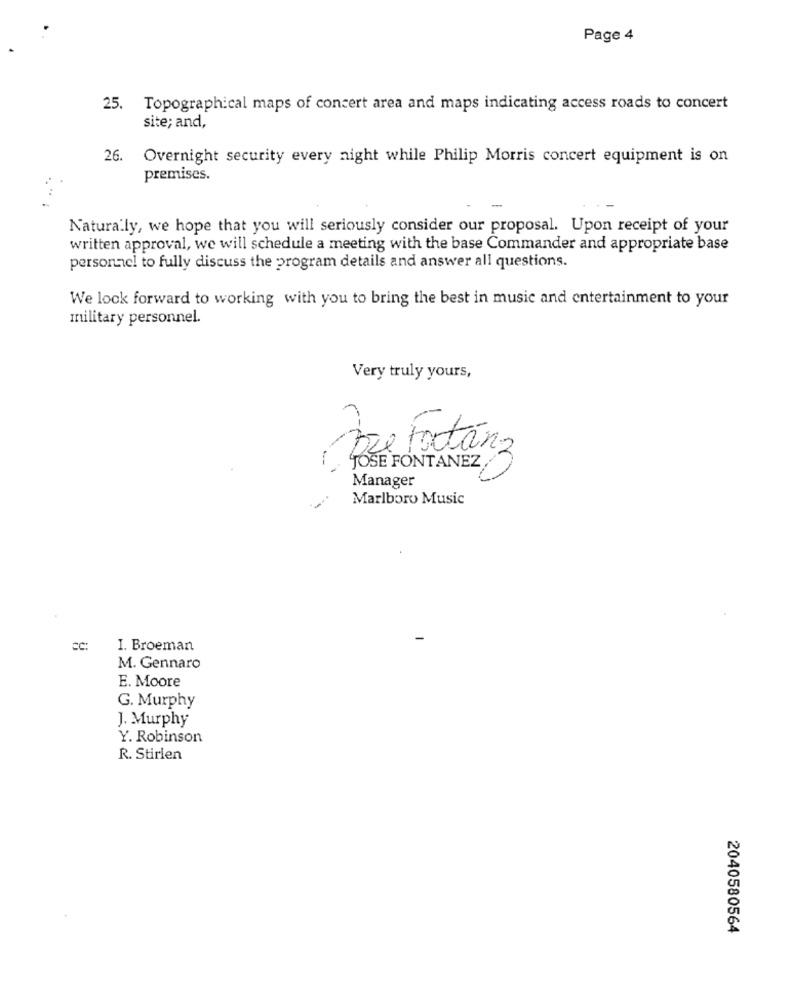
Page 4
25. Topographical maps of concert area and maps indicating access roads to concert
site; and,
26.
Overnight security every night while Philip Morris concert equipment is on
premises.
Naturally, we hope that you will seriously consider our proposal. Upon receipt of your
written approval, we will schedule a meeting with the base Commander and appropriate base
personnel to fully discuss the program details and answer all questions.
We look forward to working with you to bring the best in music and entertainment to your
military personnel.
Very truly yours,
De tortánz
JOSE FONTANEZ
Manager
Marlboro Music
I. Broeman
M. Gennaro
E. Moore
G. Murphy
J. Murphy
Y. Robinson
R. Stirien
2040580564